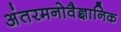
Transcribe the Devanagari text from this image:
अंतरमनोवैज्ञानिक